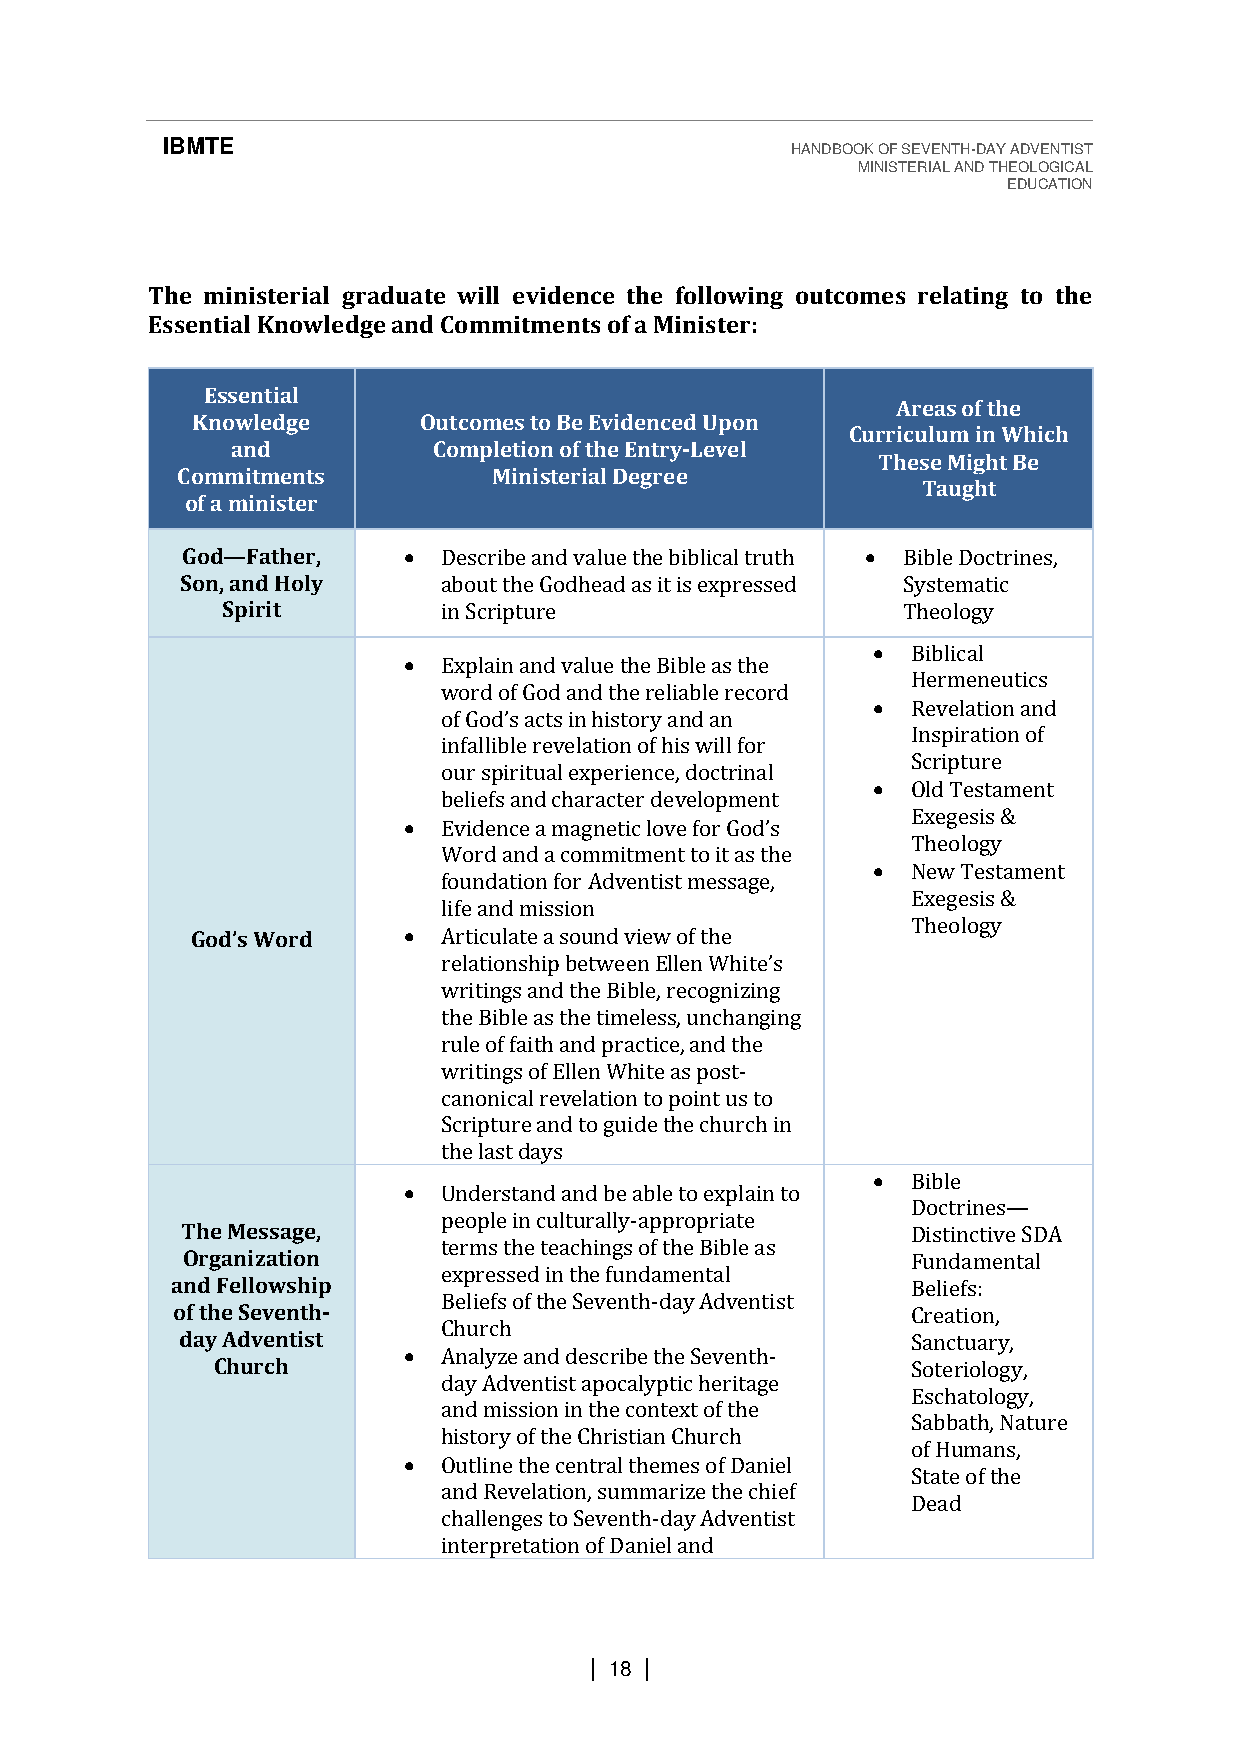
IBMTE                                    HANDBOOK OF SEVENTH-DAY ADVENTIST
 MINISTERIAL AND THEOLOGICAL
 EDUCATION
 The ministerial graduate will evidence the following outcomes relating to the
 Essential Knowledge and Commitments of a Minister:
 Essential
 Areas of the
 Knowledge      Outcomes to Be Evidenced Upon
 Curriculum in Which
 and           Completion of the Entry-Level
 These Might Be
 Commitments          Ministerial Degree
 Taught
 of a minister
 God—Father,    • Describe and value the biblical truth • Bible Doctrines,
 Son, and Holy    about the Godhead as it is expressed Systematic
 Spirit        in Scripture                   Theology
 • Biblical
 • Explain and value the Bible as the
 Hermeneutics
 word of God and the reliable record
 • Revelation and
 Inspiration of
 infallible revelation of his will for
 Scripture
 oofu Gr ospdi’sri atuctasl ienx pheisrtioernyc ea,n ddo acntr inal
 • Old Testament
 beliefs and character development
 •
 Exegesis &
 Theology
 Word and a commitment to it as the
 • New Testament
 Efovuidnednactieo an mfoarg Andevtiecn ltoisvte m foers Gsaogde’s,
 Exegesis &
 life and mission
 Theology
 God’s Word    • Articulate a sound view of the
 relationship between
 writings and the Bible, recognizing
 the Bible as the timeleEssll,e unn Wchhainteg’isn g
 rule of faith and practice, and the
 writings of Ellen White as post-
 canonical revelation to point us to
 Scripture and to guide the church in
 the last days
 • Bible
 • Understand and be able to explain to
 Doctrines
 people in culturally-appropriate
 The Message,                                    Distinctive SDA
 terms the teachings of the Bible as
 Organization                                    Fundamen—tal
 expressed in the fundamental
 and Fellowship                                   Beliefs:
 Beliefs of the Seventh-day Adventist
 of the Seventh-                                  Creation,
 Church
 day Adventist                                   Sanctuary,
 • Analyze and describe the Seventh-
 Church                                        Soteriology,
 day Adventist apocalyptic heritage
 Eschatology,
 and mission in the context of the
 Sabbath, Nature
 history of the Christian Church
 of Humans,
 • Outline the central themes of Daniel
 State of the
 and Revelation, summarize the chief
 Dead
 challenges to Seventh-day Adventist
 interpretation of Daniel and
 | 18 |